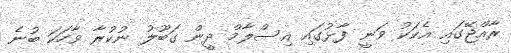
ރާއްޖޭގައި އެކަކު ވަނީ ފާޅުގައި އިސްލާމް ދީން ގަބޫލު ނުކުރާ ވާހަކަ ބުނެ